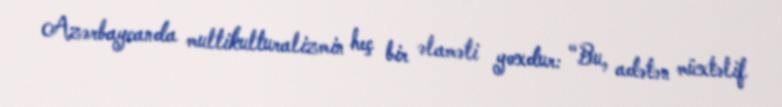
Azərbaycanda multikulturalizmin heç bir əlaməti yoxdur: “Bu, adətən müxtəlif